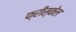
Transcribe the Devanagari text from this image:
फ्रीस्केल